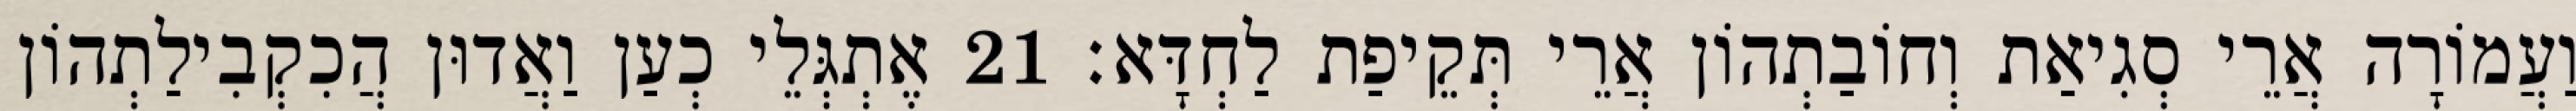
וַעֲמוֹרָה אֲרֵי סְגִיאַת וְחוֹבַתְהוֹן אֲרֵי תְּקֵיפַת לַחְדָּא׃ 21 אֶתְגְּלֵי כְעַן וַאֲדוּן הֲכִקְבִילַתְהוֹן